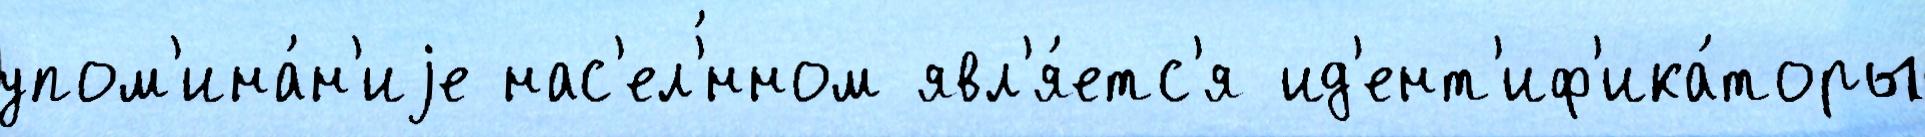
упом'ина́н'иjе нас'ел'́нном явл'я́етс'я ид'ент'иф'ика́торы